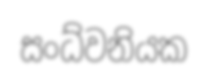
සංධ්වනියක